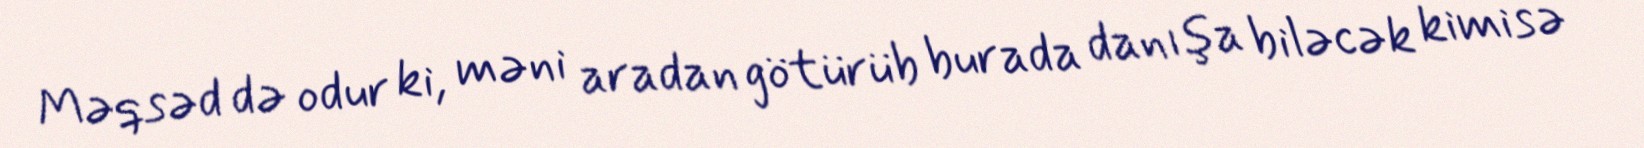
Məqsəd də odur ki, məni aradan götürüb burada danışa biləcək kimisə